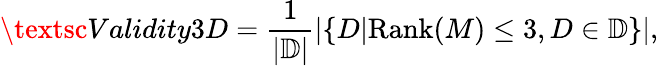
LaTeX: \textsc{Validity3D}=\frac{1}{|\mathbb{D}|}|\{ D|\textrm{Rank}(M)\le 3,D\in\mathbb{D}\} |,